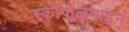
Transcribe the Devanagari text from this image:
स्कोपोलेमाइन